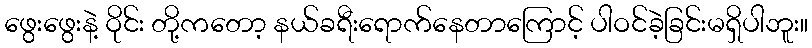
ဖွေးဖွေးနဲ့ ဝိုင်း တို့ကတော့ နယ်ခရီးရောက်နေတာကြောင့် ပါဝင်ခဲ့ခြင်းမရှိပါဘူး။